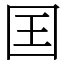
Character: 囯